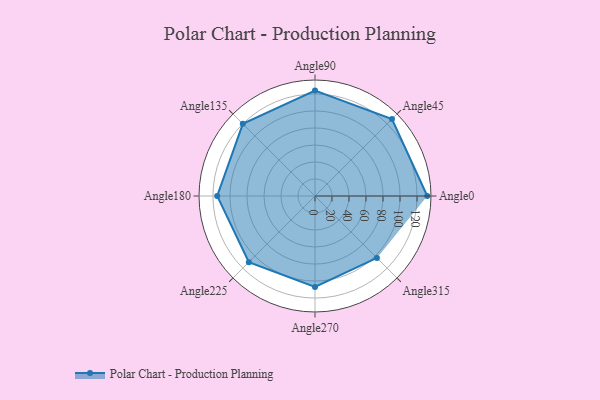
{"axis": {"x": "Angle", "y": "Radius"}, "legend": [""], "data": [{"x": "Angle0", "y": 132.0, "type": ""}, {"x": "Angle45", "y": 128.0, "type": ""}, {"x": "Angle90", "y": 124.0, "type": ""}, {"x": "Angle135", "y": 120.0, "type": ""}, {"x": "Angle180", "y": 115.0, "type": ""}, {"x": "Angle225", "y": 110.0, "type": ""}, {"x": "Angle270", "y": 107.0, "type": ""}, {"x": "Angle315", "y": 103.0, "type": ""}]}